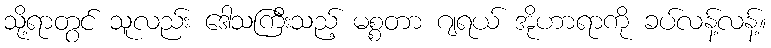
သို့ရာတွင် သူလည်း ဒေါသကြီးသည့် မစ္စတာ ဂျရယ် အိုဟာရာကို ခပ်လန့်လန့်။